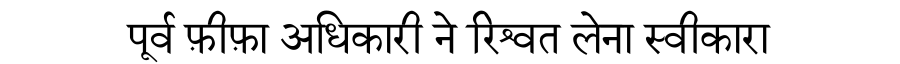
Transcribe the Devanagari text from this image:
पूर्व फ़ीफ़ा अधिकारी ने रिश्वत लेना स्वीकारा